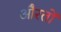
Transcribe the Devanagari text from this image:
औेरतों